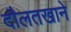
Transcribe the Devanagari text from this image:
दौलतखाने